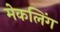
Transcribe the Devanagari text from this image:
मेकलिंग